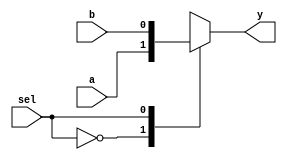
module mux2to1(a,b,sel,y);
input a,b,sel;
output reg y;
always@(sel,a,b)
begin
case(sel)
1'b0:y=a;
1'b1:y=b;
endcase
end
endmodule

module jk_ff(j,k,clk,reset,Q);
input j,k,clk,reset;
output reg Q;
    always@(posedge clk)
          begin
            if(reset)
            Q <= 1'b1;
            else  begin
                  case({j,k})
                  2'b00: Q<= Q;
                  2'b01: Q<= 1'b0;
                  2'b10: Q<= 1'b1;
                  2'b11: Q<= ~Q;
                  default:begin end
                  endcase
         end          
end
endmodule

module Mod_8_UP_and_Down(j,k,sel,clock,reset,q);
input j,k,sel;
input clock,reset;
output [2:0]q;
wire m1,m2;
jk_ff JK1(j,k,clock,reset,q[0]);
mux2to1 mux1(q[0],~q[0],sel,m1);
jk_ff JK2(j,k,m1,reset,q[1]);
mux2to1 mux2(q[1],~q[1],sel,m2);
jk_ff JK3(j,k,m2,reset,q[2]);
endmodule